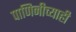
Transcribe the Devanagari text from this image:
पाणिनीच्याही